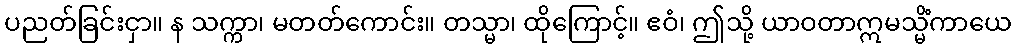
ပညတ်ခြင်းငှာ။ န သက္ကာ၊ မတတ်ကောင်း။ တသ္မာ၊ ထိုကြောင့်။ ဧဝံ၊ ဤသို့ ယာဝတာဣမသ္မိံကာယေ